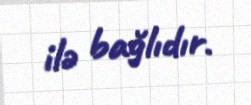
ilə bağlıdır.